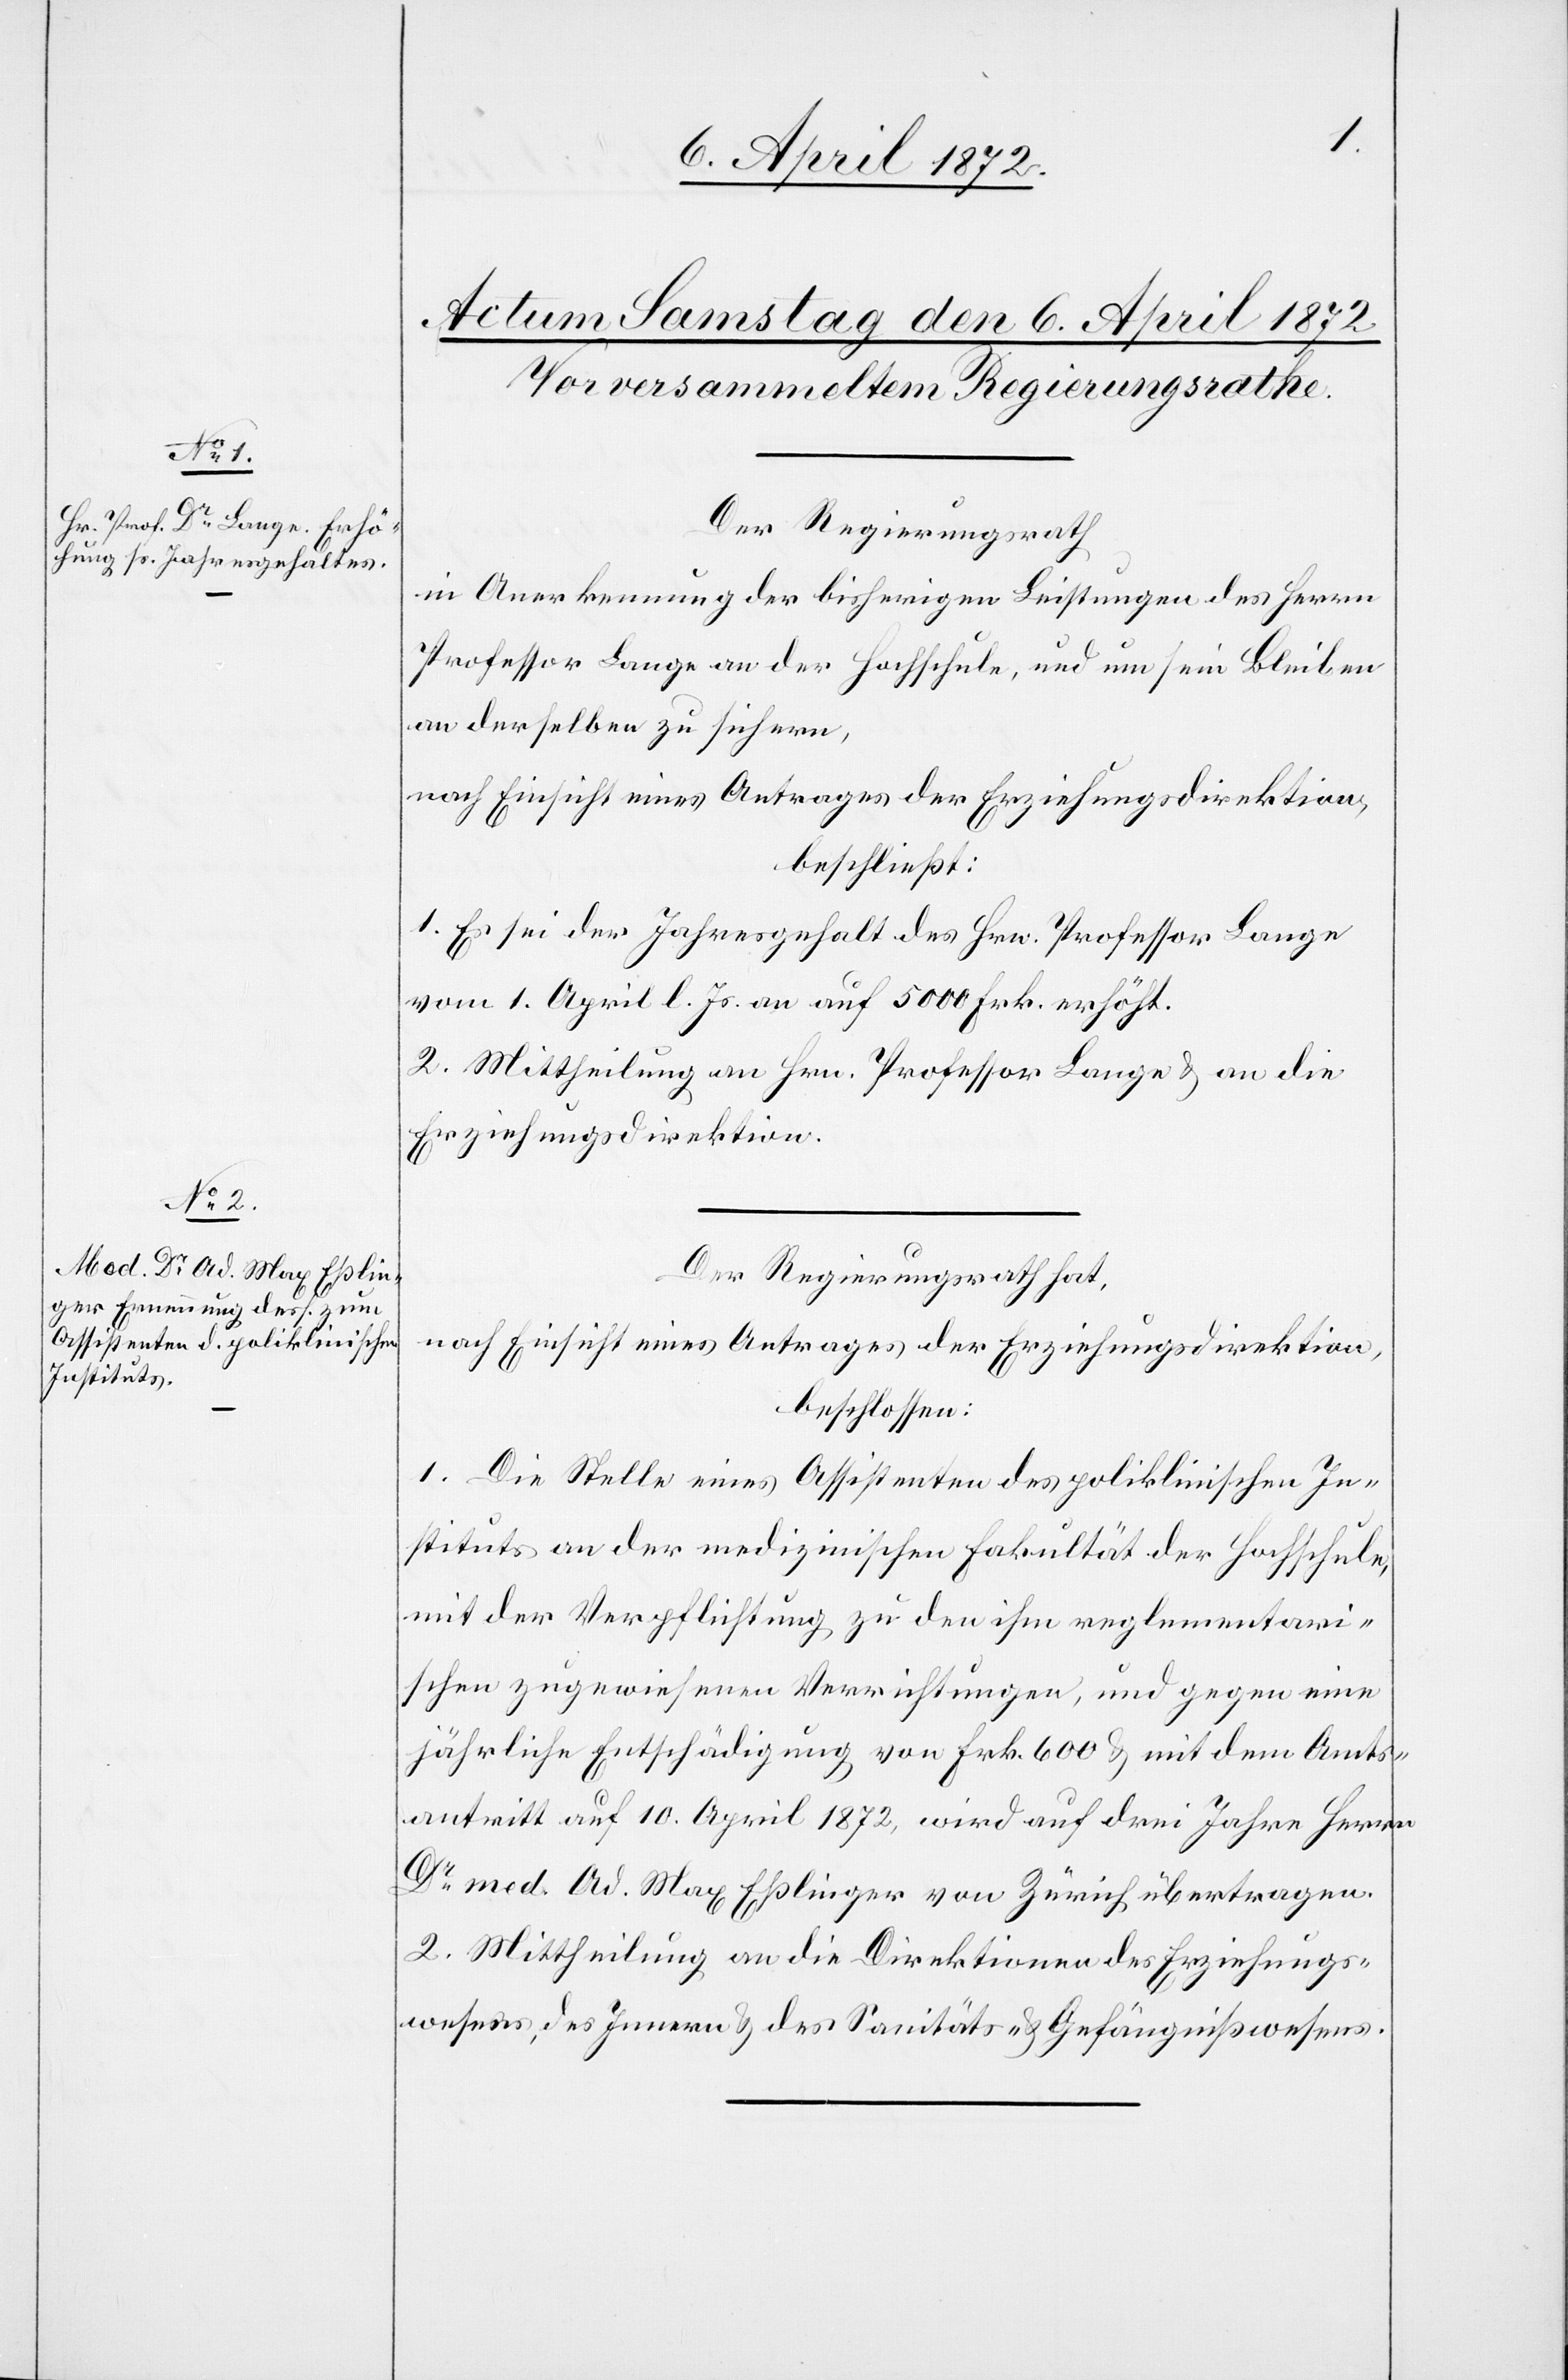
Der Regierungsrath,
in Anerkennung der bisherigen Leistungen des Herrn
Professor Lange an der Hochschule, und um sein Bleiben
an derselben zu sichern,
nach Einsicht eines Antrages der Erziehungsdirektion,
beschließt:
1. Es sei der Jahresgehalt des Hrn. Professor Lange
vom 1. April l. Js. an auf 5000 Frk. erhöht.
2. Mittheilung an Hrn. Professor Lange u. an die
Erziehungsdirektion.
Der Regierungsrath hat,
nach Einsicht eines Antrages der Erziehungsdirektion,
beschlossen:
1. Die Stelle eines Assistenten des poliklinischen In¬
stituts an der medizinischen Fakultät der Hochschule,
mit der Verpflichtung zu den ihm reglementari¬
schen [sic!] zugewiesenen Verrichtungen, und gegen eine
jährliche Entschädigung von Frk. 600 u. mit dem Amts¬
antritt auf 10. April 1872, wird auf drei Jahre Herrn
Dr med. Ad. Max Eßlinger von Zürich übertragen.
2. Mittheilung an die Direktionen des Erziehungs¬
wesens, des Innern u. des Sanitäts- u. Gefängnißwesens.